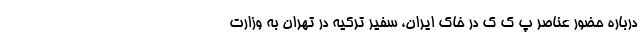
درباره حضور عناصر پ ک ک در خاک ایران، سفیر ترکیه در تهران به وزارت